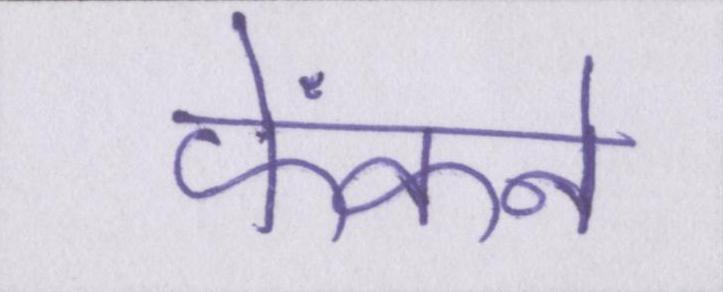
फेंकने